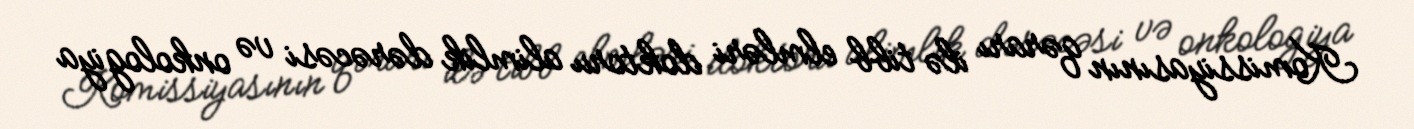
Komissiyasının qərarı ilə tibb elmləri doktoru alimlik dərəcəsi və onkologiya